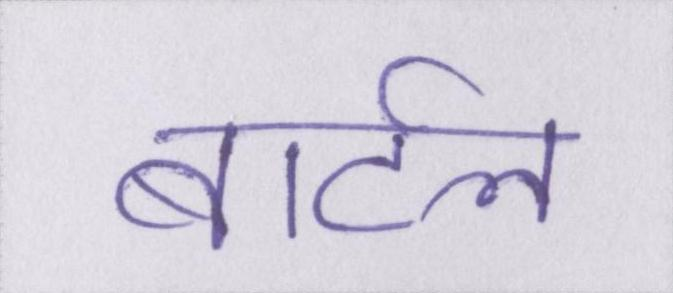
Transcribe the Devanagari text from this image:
बार्टल